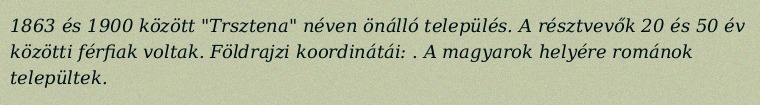
1863 és 1900 között "Trsztena" néven önálló település. A résztvevők 20 és 50 év közötti férfiak voltak. Földrajzi koordinátái: . A magyarok helyére románok települtek.